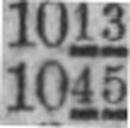
1045